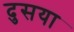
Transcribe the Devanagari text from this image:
दुसया